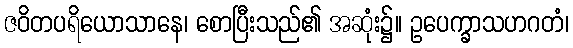
ဇဝိတပရိယောသာနေ၊ စောပြီးသည်၏ အဆုံး၌။ ဥပေက္ခာသဟဂတံ၊